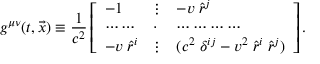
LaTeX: g ^ { \mu \nu } ( t , \vec { x } ) \equiv { \frac { 1 } { c ^ { 2 } } } \left[ \begin{array} { l l l } { { - 1 } } & { { \vdots } } & { { - v \; \hat { r } ^ { j } } } \\ { { \cdots \cdots } } & { { \cdot } } & { { \cdots \cdots \cdots \cdots } } \\ { { - v \; \hat { r } ^ { i } } } & { { \vdots } } & { { ( c ^ { 2 } \; \delta ^ { i j } - v ^ { 2 } \; \hat { r } ^ { i } \; \hat { r } ^ { j } ) } } \end{array} \right] .